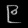
Digit: ၉